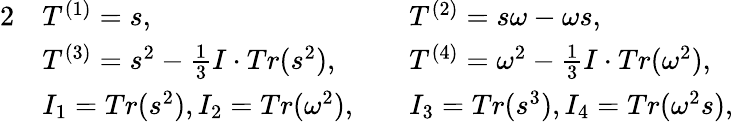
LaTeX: \begin{array}{rlrl}{{2}}&{T^{(1)}=s,}&&{T^{(2)}=s\omega-\omega s,}\\ &{T^{(3)}=s^{2}-\frac{1}{3}I\cdot Tr(s^{2}),}&&{T^{(4)}=\omega^{2}-\frac{1}{3}I\cdot Tr(\omega^{2}),}\\ &{I_{1}=Tr(s^{2}),I_{2}=Tr(\omega^{2}),}&&{I_{3}=Tr(s^{3}),I_{4}=Tr(\omega^{2}s),}\end{array}